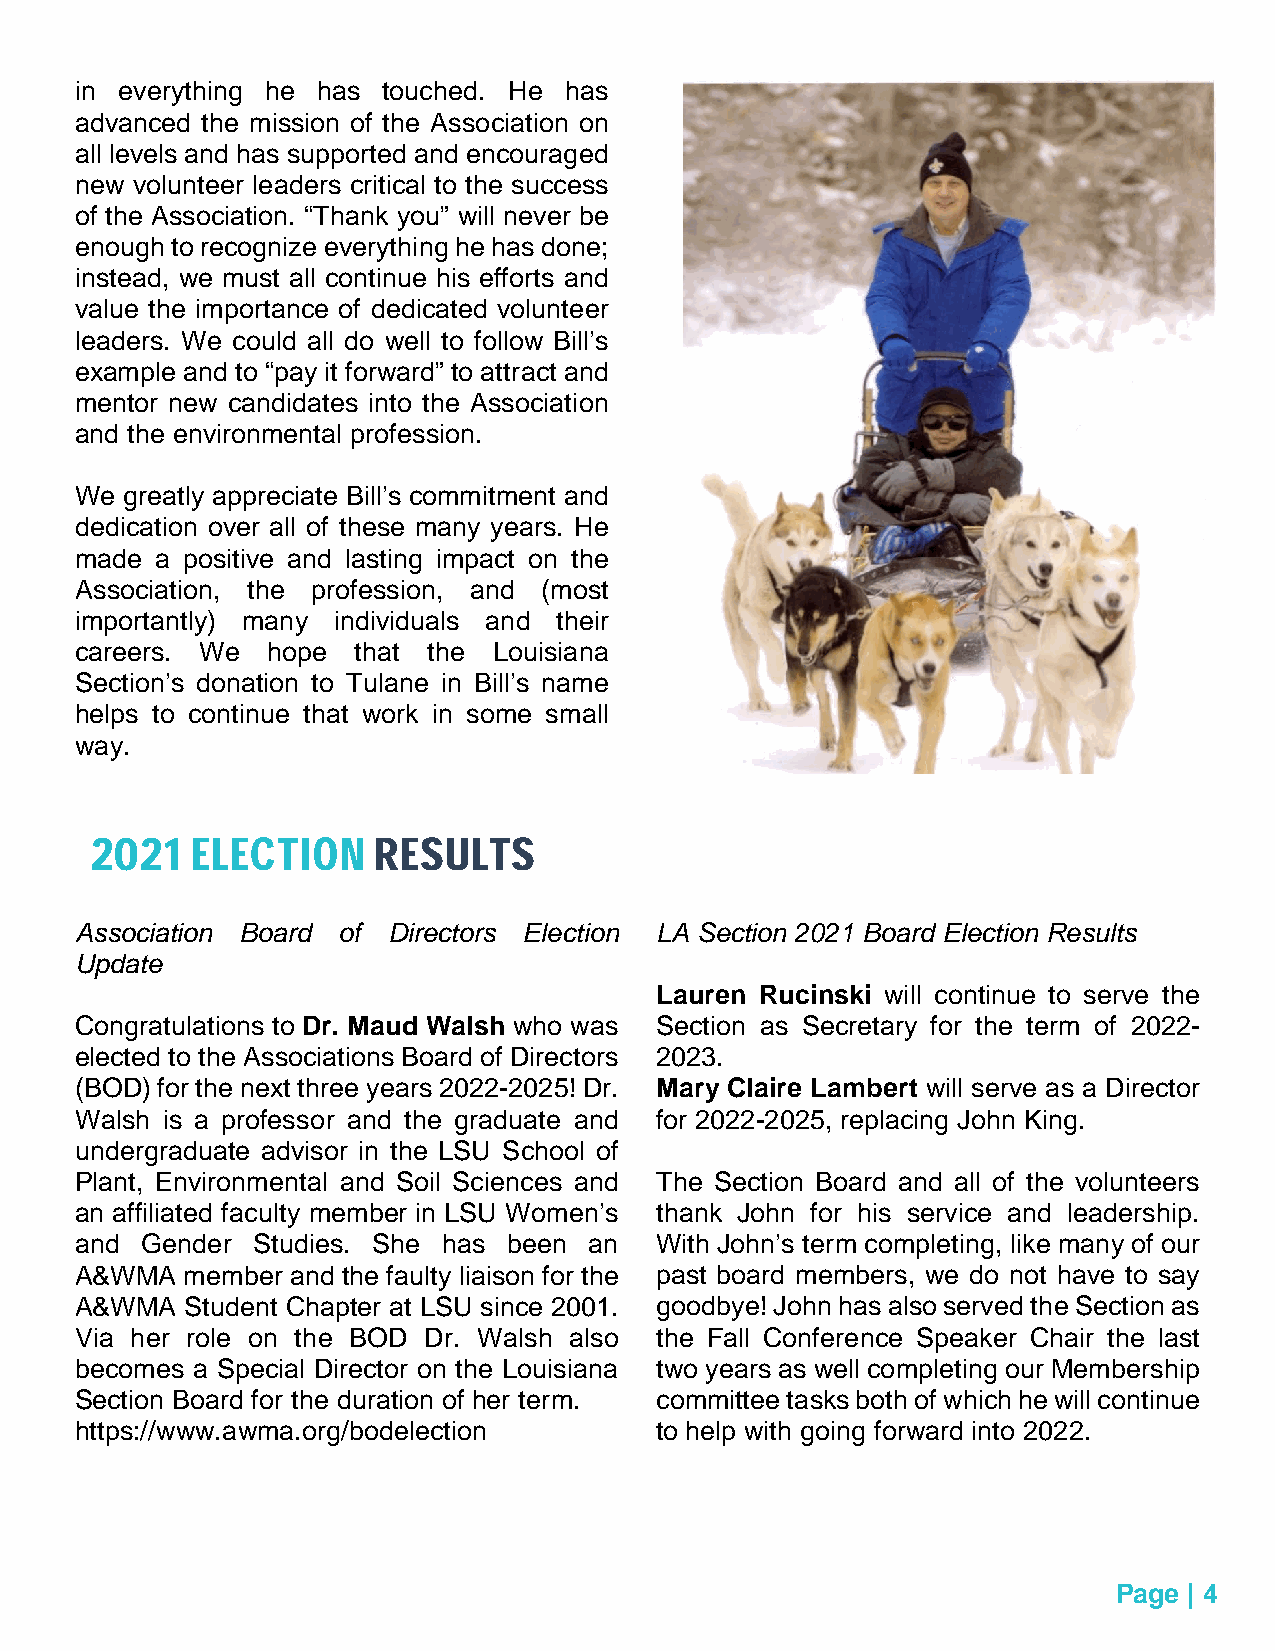
in everything he has touched. He has
 advanced the mission of the Association on
 all levels and has supported and encouraged
 new volunteer leaders critical to the success
 of the Association. “Thank you” will never be
 enough to recognize everything he has done;
 instead, we must all continue his efforts and
 value the importance of dedicated volunteer
 leaders. We could all do well to follow Bill’s
 example and to “pay it forward” to attract and
 mentor new candidates into the Association
 and the environmental profession.
 We greatly appreciate Bill’s commitment and
 dedication over all of these many years. He
 made a positive and lasting impact on the
 Association, the profession, and (most
 importantly) many individuals and their
 careers. We  hope  that the Louisiana
 Section’s donation to Tulane in Bill’s name
 helps to continue that work in some small
 way.
 2021   ELECTION    RESULTS
 Association Board of Directors Election LA Section 2021 Board Election Results
 Update
 Lauren Rucinski will continue to serve the
 Congratulations to Dr. Maud Walsh who was Section as Secretary for the term of 2022-
 elected to the Associations Board of Directors 2023.
 (BOD) for the next three years 2022-2025! Dr. Mary Claire Lambert will serve as a Director
 Walsh is a professor and the graduate and for 2022-2025, replacing John King.
 undergraduate advisor in the LSU School of
 Plant, Environmental and Soil Sciences and The Section Board and all of the volunteers
 an affiliated faculty member in LSU Women’s thank John for his service and leadership.
 and Gender  Studies. She has been an  With John’s term completing, like many of our
 A&WMA  member and the faulty liaison for the past board members, we do not have to say
 A&WMA  Student Chapter at LSU since 2001. goodbye! John has also served the Section as
 Via her role on the BOD Dr. Walsh also the Fall Conference Speaker Chair the last
 becomes a Special Director on the Louisiana two years as well completing our Membership
 Section Board for the duration of her term. committee tasks both of which he will continue
 https://www.awma.org/bodelection      to help with going forward into 2022.
 Page | 4